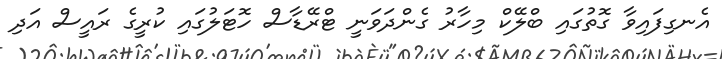
އެނގިފައިވާ ގޮތުގައި ބްލޭކް މިހާރު ގެންދަވަނީ ޓްރޭޑާސް ހޮޓަލުގައި ކުރީގެ ރައީސް އަދި